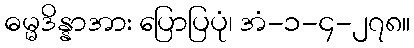
ဓမ္မဒိန္နာအား ပြောပြပုံ၊ အံ-၁-၄-၂၇၈။